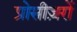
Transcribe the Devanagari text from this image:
प्रोसीज़रों